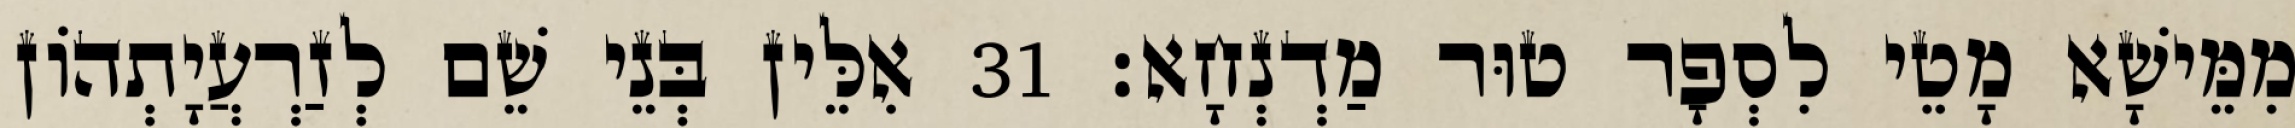
מִמֵּישָׁא מָטֵי לִסְפָר טוּר מַדְנְחָא׃ 31 אִלֵּין בְּנֵי שֵׁם לְזַרְעֲיָתְהוֹן